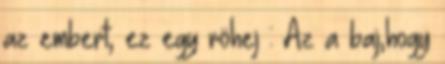
az embert, ez egy röhej : Az a baj,hogy